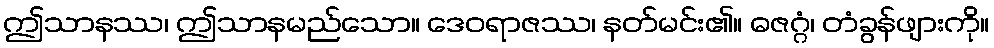
ဤသာနဿ၊ ဤသာနမည်သော။ ဒေဝရာဇဿ၊ နတ်မင်း၏။ ဓဇဂ္ဂံ၊ တံခွန်ဖျားကို။